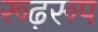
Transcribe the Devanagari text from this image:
रूढ़रूप